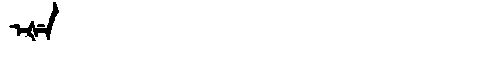
Manchu: ᡝᡧᡝ
Romanization: EŠE